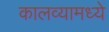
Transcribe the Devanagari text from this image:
कालव्यामध्ये